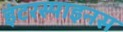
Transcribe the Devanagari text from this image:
इंटरस्पाइनस